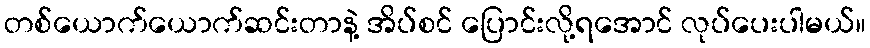
တစ်ယောက်ယောက်ဆင်းတာနဲ့ အိပ်စင် ပြောင်းလို့ရအောင် လုပ်ပေးပါမယ်။